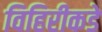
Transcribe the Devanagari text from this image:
विहिरीकडे